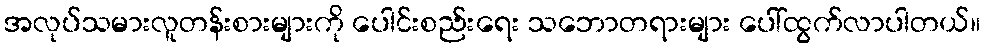
အလုပ်သမားလူတန်းစားများကို ပေါင်းစည်းရေး သဘောတရားများ ပေါ်ထွက်လာပါတယ်။